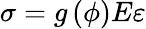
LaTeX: \sigma=g\left(\phi\right)E\varepsilon